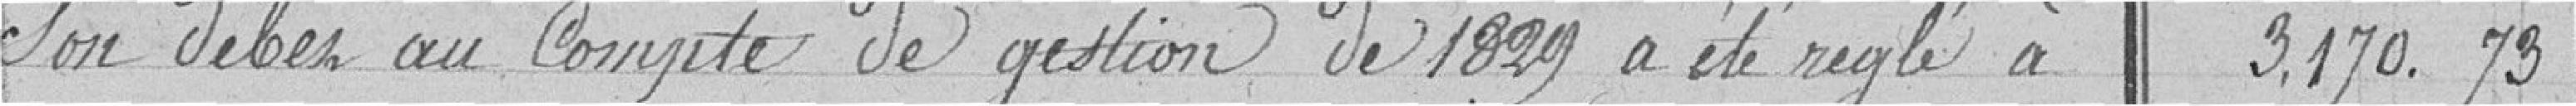
son débit au compte de gestion de 1829 a été réglé à 3,170.73